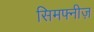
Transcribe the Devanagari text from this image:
सिमफ्नीज़